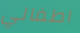
اطفالي